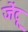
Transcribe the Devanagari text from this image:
जेंटू